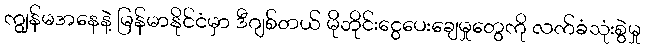
ကျွန်မအနေနဲ့ မြန်မာနိုင်ငံမှာ ဒီဂျစ်တယ် မိုဘိုင်းငွေပေးချေမှုတွေကို လက်ခံသုံးစွဲမှု